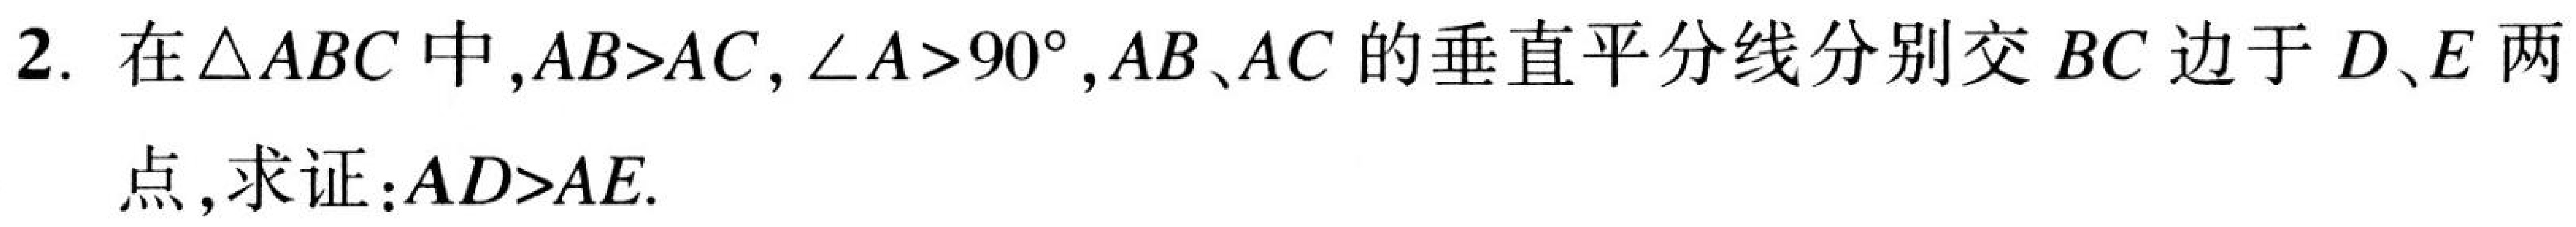
2. 在\(\triangle ABC\)中,\(AB > AC\), \(\angle A>90^{\circ}\), \(AB\)、\(AC\)的垂直平分线分别交 \(BC\)边于 \(D\)、\(E\)两
点, 求证：\(AD > AE\).